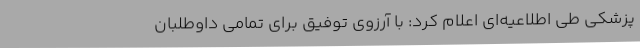
پزشکی طی اطلاعیه‌ای اعلام کرد: با آرزوی توفیق برای تمامی داوطلبان